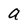
Character: a